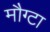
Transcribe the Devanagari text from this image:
मौग्टा